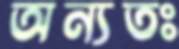
অন্যতঃ